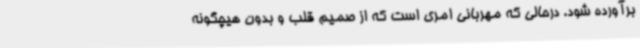
برآورده شود. درحالی که مهربانی امری است که از صمیم قلب و بدون هیچگونه